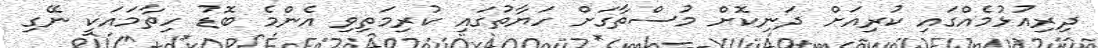
ދިރިއުޅުމެއްގައި ކުރިއަށް ދަނިކޮށް މުސްތާގަށް ހަޔާތުގައި ކުރިމަތިވި އެންމެ ބޮޑު ހިތާމައަކީ ނޭގި